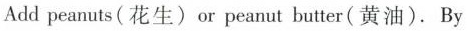
Add peanuts(花生) or peanut butter(黄油).By